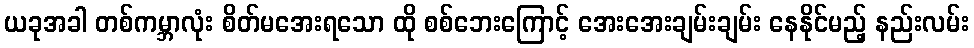
ယခုအခါ တစ်ကမ္ဘာလုံး စိတ်မအေးရသော ထို စစ်ဘေးကြောင့် အေးအေးချမ်းချမ်း နေနိုင်မည့် နည်းလမ်း